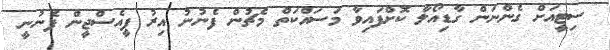
ސިޓީއަށް ގެންނަން ގާޑިއޯލާ ކޮށްފައިވާ މަސައްކަތް މެޗުން ފެނުނު އިރު ޕީއެސްޖީން ފެނުނީ